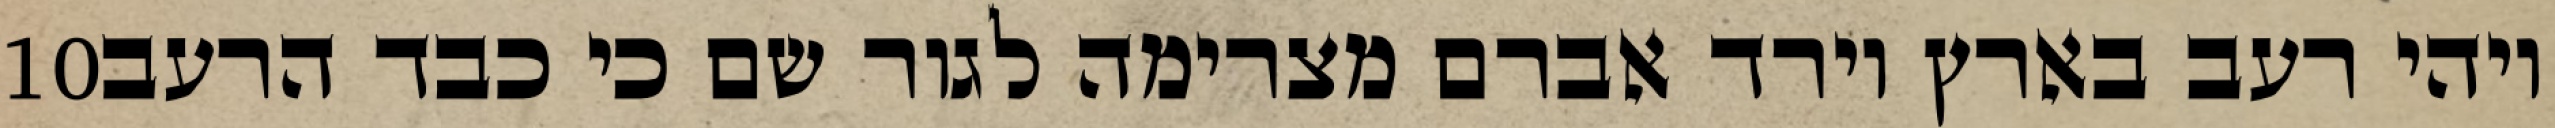
‎10‏ ויהי רעב בארץ וירד אברם מצרימה לגור שם כי כבד הרעב